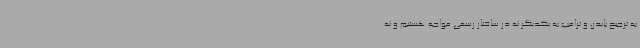
به ترجیح بایدن و ترامپ به یکدیگر نه در ساختار رسمی مواجه هستیم و نه